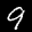
Label: 9